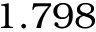
1 . 7 9 8